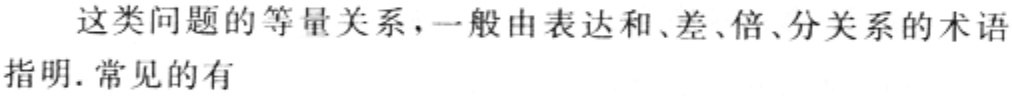
这类问题的等量关系，一般由表达和、差、倍、分关系的术语指明. 常见的有